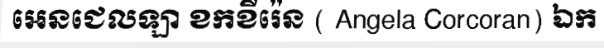
អេនជេលឡា ខកខីរ៉េន ( Angela Corcoran) ឯក